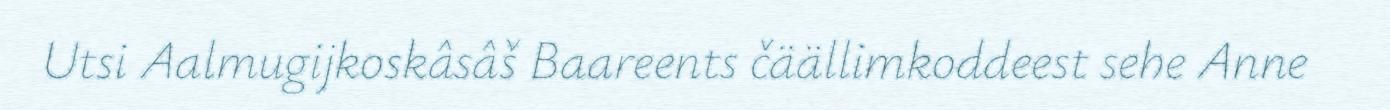
Utsi Aalmugijkoskâsâš Baareents čäällimkoddeest sehe Anne